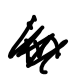
Text: in
Cross-out: scratch
Writing tool: digital_black